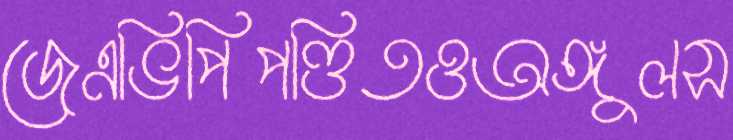
জেএভিপিপণ্ডিতওঅঙ্গুলস